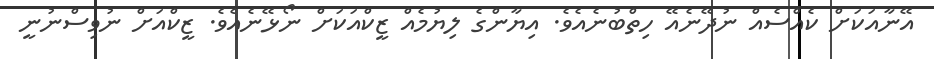
އޭނާއަކަށް ކެއްސެއް ނުދޭނެއޭ ހިތްބުނެއެވެ. އިޔާންގެ ލިޔުމެއް ޒީކްއަކަށް ނޯޅޭނެއެވެ. ޒީކްއަށް ނުވިސްނުނީ